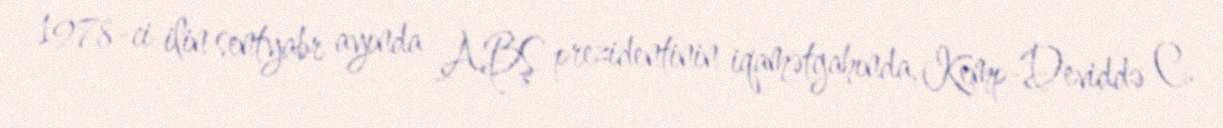
1978-ci ilin sentyabr ayında ABŞ prezidentinin iqamətgahında, Kemp-Deviddə C.